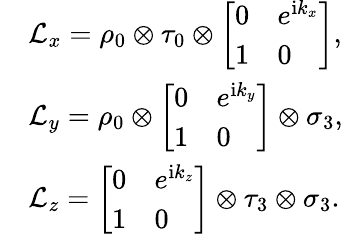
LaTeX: \begin{array}{rl}&{\mathcal{L}_{x}=\rho_{0}\otimes\tau_{0}\otimes\left[\begin{array}{ll}{0}&{e^{\mathrm{i}k_{x}}}\\ {1}&{0}\end{array}\right],}\\ &{\mathcal{L}_{y}=\rho_{0}\otimes\left[\begin{array}{ll}{0}&{e^{\mathrm{i}k_{y}}}\\ {1}&{0}\end{array}\right]\otimes\sigma_{3},}\\ &{\mathcal{L}_{z}=\left[\begin{array}{ll}{0}&{e^{\mathrm{i}k_{z}}}\\ {1}&{0}\end{array}\right]\otimes\tau_{3}\otimes\sigma_{3}.}\end{array}